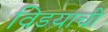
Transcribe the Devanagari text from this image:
विडयाची